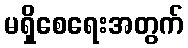
မရှိစေရေးအတွက်